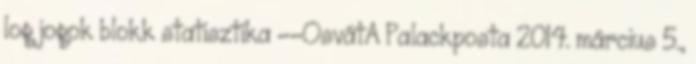
log jogok blokk statisztika --OsvátA Palackposta 2014. március 5.,